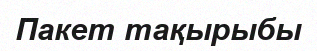
Пакет тақырыбы